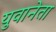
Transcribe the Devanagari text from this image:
युवानेता